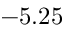
- 5 . 2 5